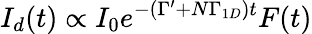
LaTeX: I_{d}(t)\propto I_{0}e^{-(\Gamma^{\prime}+N\Gamma_{1D})t}F(t)